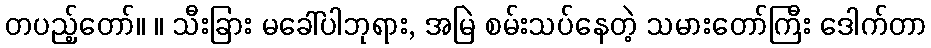
တပည့်တော်။ ။ သီးခြား မခေါ်ပါဘုရား, အမြဲ စမ်းသပ်နေတဲ့ သမားတော်ကြီး ဒေါက်တာ